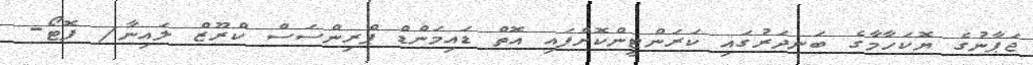
ޖަޕާނުގެ ޔޮކަހާމާގެ ބަނދަރުގައި ކަރަންޓީންކޮށްފައި އޮތް ޑައިމަންޑް ޕްރިންސަސް ކްރޫޒް ލައިނާ/ ފޮޓޯ-